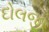
દોલજી